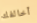
أخالفك